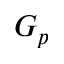
G _ { p }